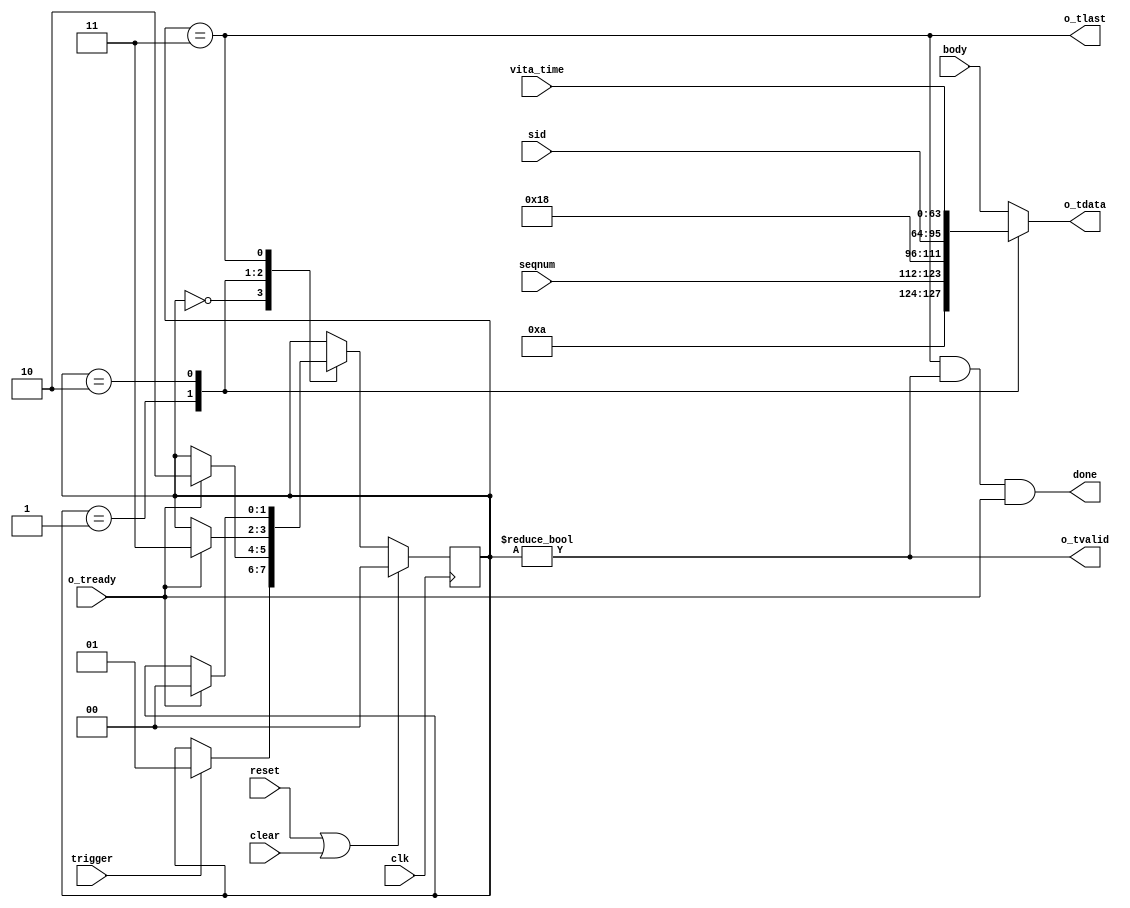

module context_packet_gen
  (input clk, input reset, input clear,
   input trigger,
   input [11:0] seqnum,
   input [31:0] sid,
   input [63:0] body,
   input [63:0] vita_time,

   output done,
   output reg [63:0] o_tdata, output o_tlast, output o_tvalid, input o_tready);
   
   reg [1:0] 	     cp_state;
   localparam CP_IDLE = 2'd0;
   localparam CP_HEAD = 2'd1;
   localparam CP_TIME = 2'd2;
   localparam CP_DATA = 2'd3;
   
   always @(posedge clk)
     if(reset|clear)
       cp_state <= CP_IDLE;
     else
       case(cp_state)
	 CP_IDLE :
	   if(trigger)
	     cp_state <= CP_HEAD;
	 CP_HEAD :
	   if(o_tready)
	     cp_state <= CP_TIME;
	 CP_TIME :
	   if(o_tready)
	     cp_state <= CP_DATA;
	 CP_DATA :
	   if(o_tready)
	     cp_state <= CP_IDLE;
       endcase // case (cp_state)

   assign o_tvalid = (cp_state != CP_IDLE);
   assign o_tlast = (cp_state == CP_DATA);

   always @*
     case(cp_state)
       CP_HEAD : o_tdata <= { 4'hA, seqnum, 16'd24, sid };
       CP_TIME : o_tdata <= vita_time;
       CP_DATA : o_tdata <= body;
       default : o_tdata <= body;
     endcase // case (cp_state)

   assign done = o_tlast & o_tvalid & o_tready;
   
endmodule // context_packet_gen